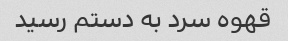
قهوه سرد به دستم رسید